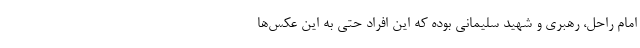
امام راحل، رهبری و شهید سلیمانی بوده که این افراد حتی به این عکس‌ها